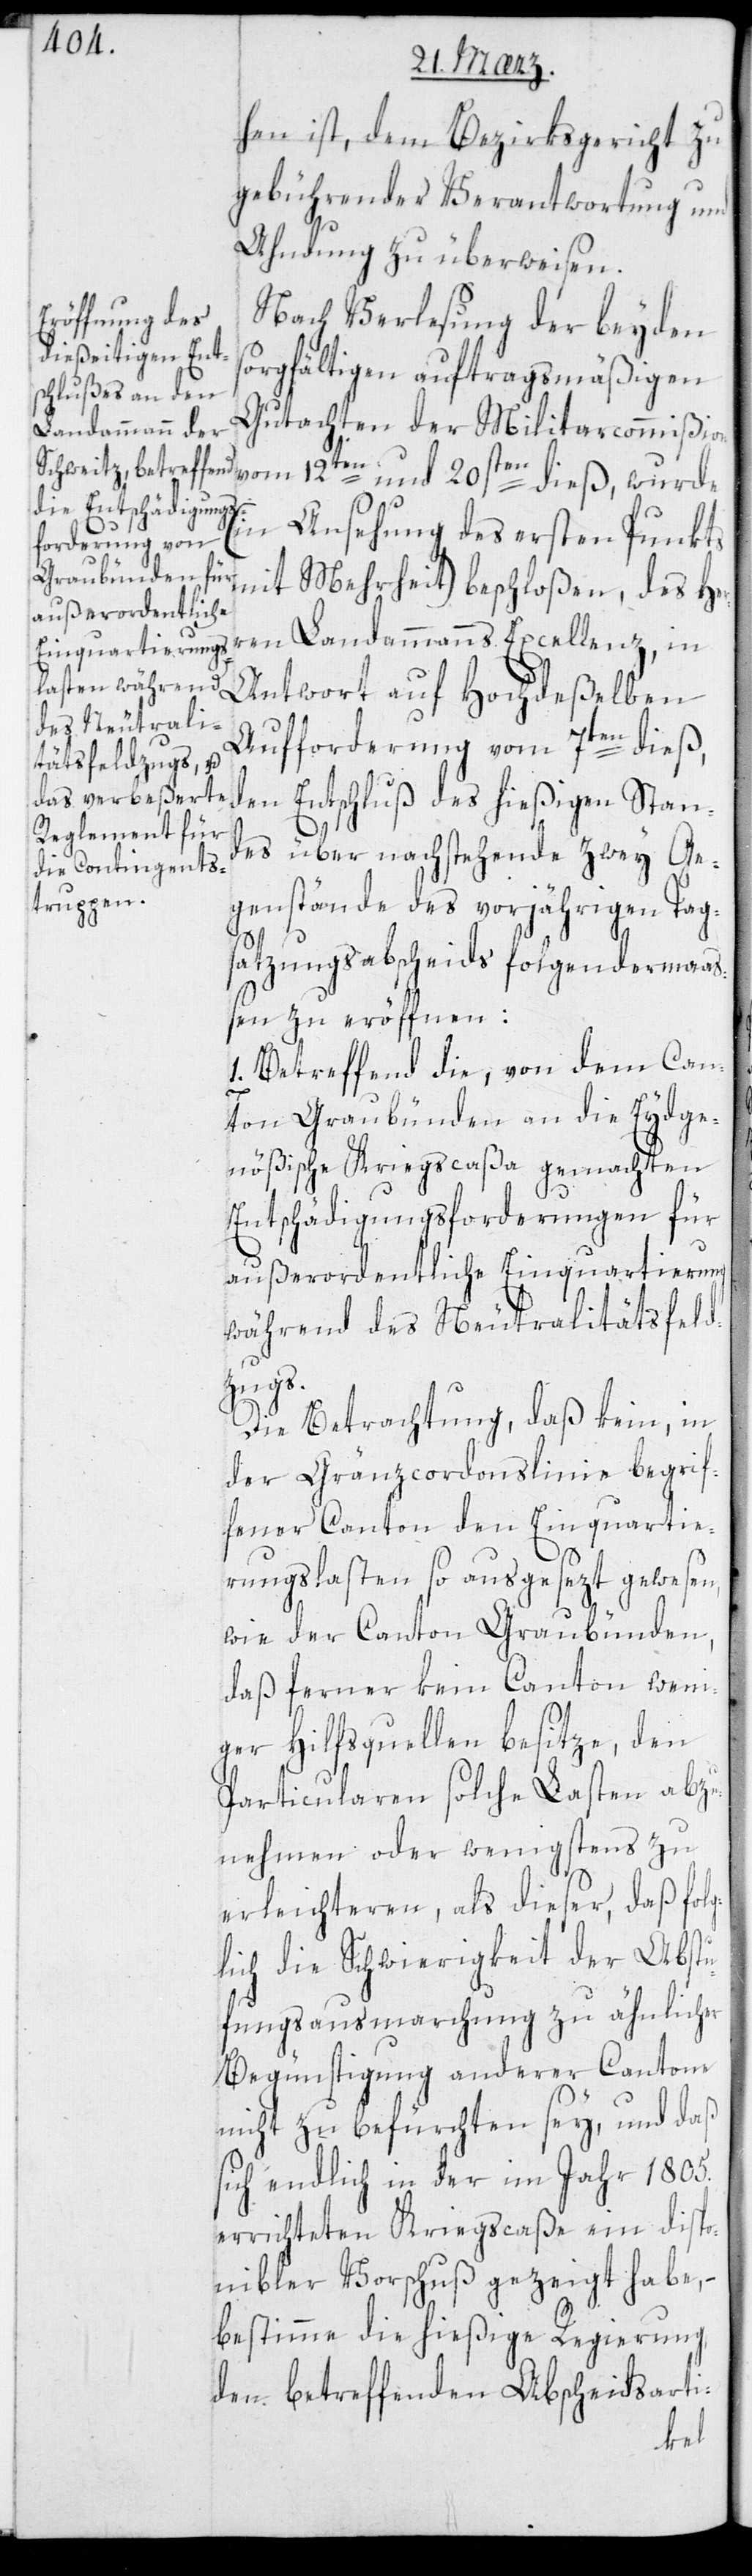
hen ist, dem Bezirksgericht zu
gebührender Verantwortung und
Ahndung zu überweisen.
Nach Verlesung der beyden
orgfältigen auftragsmäßigen
Gutachten der Militarcommißion
vom 12ten und 20sten dieß, wurde
(in
Ansehung des ersten Punkts
mit Mehrheit) beschloßen, des Her¬
ren Landammanns Excellenz, in
Antwort auf Hochdeßelben
Aufforderung vom 7ten dieß,
den Entschluß des hießigen Stan¬
des über nachstehende zwey Ge¬
genstände des vorjährigen Tag¬
satzungsabscheids folgendermaß¬
en zu eröffnen:
1. Betreffend die, von dem Can¬
ton Graubünden an die Eydge¬
nößische Kriegscaßa gemachten
Entschädigungsforderungen für
außerordentliche Einquartierung
während des Neutralitätsfeld¬
zugs.
Die Betrachtung, daß kein, in
der Gränzcordonslinie begrif¬
fener Canton den Einquartie¬
rungslasten so ausgesezt gewesen,
wie der Canton Graubünden,
daß ferner kein Canton weni¬
ger Hilfsquellen besitze, den
Particularen solche Lasten abzu¬
nehmen oder wenigstens zu
erleichteren, als dieser, daß folg¬
lich die Schwierigkeit der Abstu¬
fungsausmarchung zu ähnlicher
Begünstigung anderer Cantone
nicht zu befürchten sey, und daß
sich endlich in der im Jahr 1805.
errichteten Kriegscaßa ein dispo¬
nibler Vorschuß gezeigt habe,
bestimme die hießige Regierung,
den betreffenden Abscheidarti-